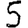
Digit: 5